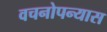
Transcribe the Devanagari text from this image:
वचनोपन्यास